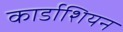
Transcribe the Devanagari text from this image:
कार्डाशियन